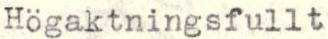
Högaktningsfullt